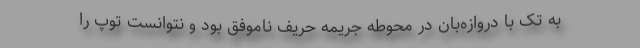
به تک با دروازه‌بان در محوطه جریمه حریف ناموفق بود و نتوانست توپ را